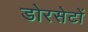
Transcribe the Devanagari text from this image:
डोरसेटों